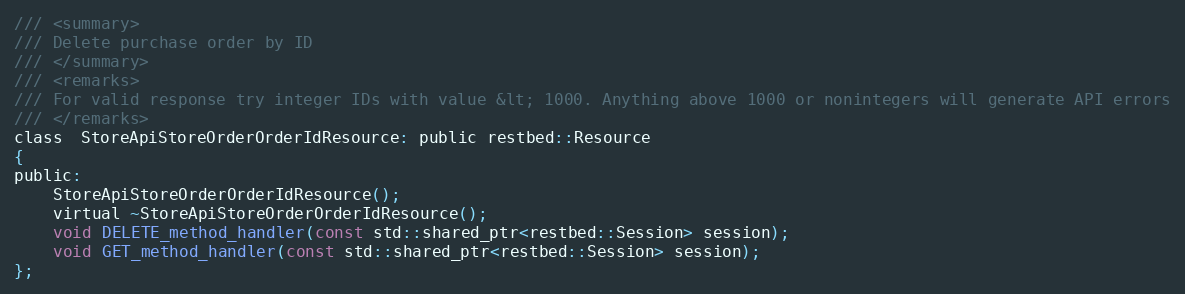
Language: C
/// <summary>
/// Delete purchase order by ID
/// </summary>
/// <remarks>
/// For valid response try integer IDs with value &lt; 1000. Anything above 1000 or nonintegers will generate API errors
/// </remarks>
class  StoreApiStoreOrderOrderIdResource: public restbed::Resource
{
public:
	StoreApiStoreOrderOrderIdResource();
    virtual ~StoreApiStoreOrderOrderIdResource();
    void DELETE_method_handler(const std::shared_ptr<restbed::Session> session);
    void GET_method_handler(const std::shared_ptr<restbed::Session> session);
};